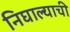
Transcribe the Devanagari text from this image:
निघाल्याची